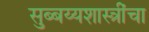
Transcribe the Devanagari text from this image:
सुब्बय्यशास्त्रींचा